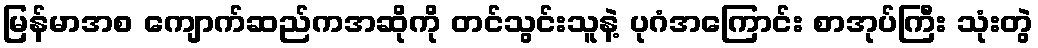
မြန်မာအစ ကျောက်ဆည်ကအဆိုကို တင်သွင်းသူနဲ့ ပုဂံအကြောင်း စာအုပ်ကြီး သုံးတွဲ